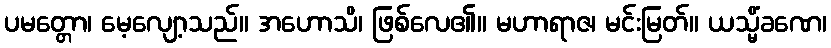
ပမတ္တော၊ မေ့လျော့သည်။ အဟောသိ၊ ဖြစ်လေ၏။ မဟာရာဇ၊ မင်းမြတ်။ ယသ္မိံခဏေ၊